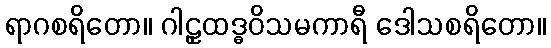
ရာဂစရိတော။ ဂါဠှထဒ္ဓဝိသမကာရီ ဒေါသစရိတော။